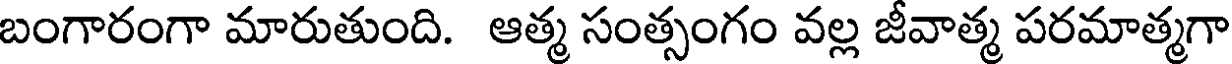
బంగారంగా మారుతుంది. ఆత్మ సంత్సంగం వల్ల జీవాత్మ పరమాత్మగా